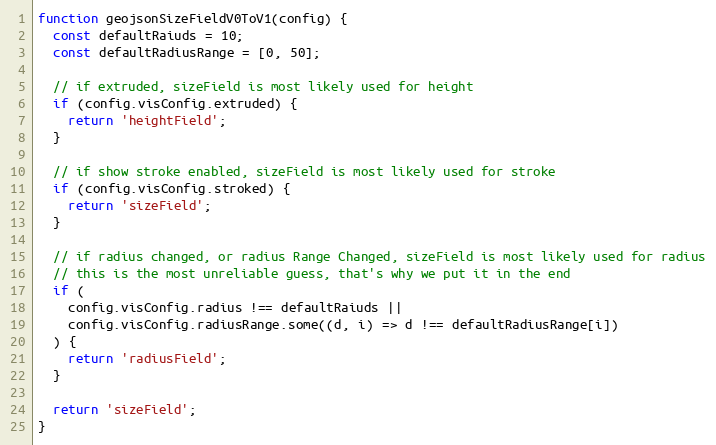
Language: JavaScript
function geojsonSizeFieldV0ToV1(config) {
  const defaultRaiuds = 10;
  const defaultRadiusRange = [0, 50];

  // if extruded, sizeField is most likely used for height
  if (config.visConfig.extruded) {
    return 'heightField';
  }

  // if show stroke enabled, sizeField is most likely used for stroke
  if (config.visConfig.stroked) {
    return 'sizeField';
  }

  // if radius changed, or radius Range Changed, sizeField is most likely used for radius
  // this is the most unreliable guess, that's why we put it in the end
  if (
    config.visConfig.radius !== defaultRaiuds ||
    config.visConfig.radiusRange.some((d, i) => d !== defaultRadiusRange[i])
  ) {
    return 'radiusField';
  }

  return 'sizeField';
}